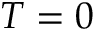
T = 0